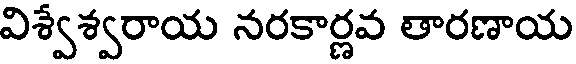
విశ్వేశ్వరాయ నరకార్ణవ తారణాయ